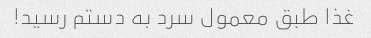
غذا طبق معمول سرد به دستم رسید!